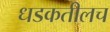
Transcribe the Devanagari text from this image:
धडकतीलच